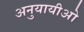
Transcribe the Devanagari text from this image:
अनुयायीओ